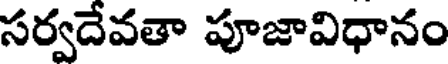
సర్వదేవతా పూజావిధానం